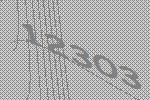
12303